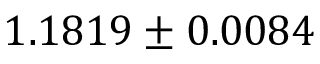
1 . 1 8 1 9 \pm 0 . 0 0 8 4